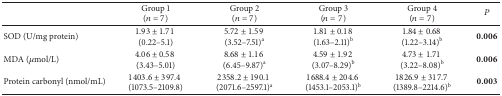
|  | Group 1(n = 7) | Group 2(n = 7) | Group 3(n = 7) | Group 4(n = 7) | P |
 | --- | --- | --- | --- | --- | --- |
 | SOD (U/mg protein) | 1.93 ± 1.71 (0.22–5.1) | 5.72 ± 1.59 (3.52–7.51)a | 1.81 ± 0.18 (1.63–2.11)b | 1.84 ± 0.68 (1.22–3.14)b | 0.006 |
 | MDA (μmol/L) | 4.06 ± 0.58 (3.43–5.01) | 8.68 ± 1.16 (6.45–9.87)a | 4.59 ± 1.92 (3.07–8.29)b | 4.73 ± 1.71 (3.22–8.08)b | 0.006 |
 | Protein carbonyl (nmol/mL) | 1403.6 ± 397.4 (1073.5–2109.8) | 2358.2 ± 190.1 (2071.6–2597.1)a | 1688.4 ± 204.6 (1453.1–2053.1)b | 1826.9 ± 317.7 (1389.8–2214.6)b | 0.003 |